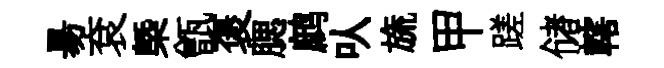
昜袞槩甑褒腮鹧㕥旒甲蹉储轄